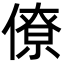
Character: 僚